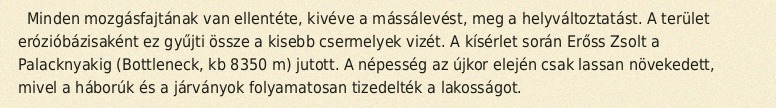
Minden mozgásfajtának van ellentéte, kivéve a mássálevést, meg a helyváltoztatást. A terület erózióbázisaként ez gyűjti össze a kisebb csermelyek vizét. A kísérlet során Erőss Zsolt a Palacknyakig (Bottleneck, kb 8350 m) jutott. A népesség az újkor elején csak lassan növekedett, mivel a háborúk és a járványok folyamatosan tizedelték a lakosságot.